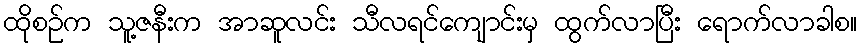
ထိုစဉ်က သူ့ဇနီးက အာဆူလင်း သီလရင်ကျောင်းမှ ထွက်လာပြီး ရောက်လာခါစ။